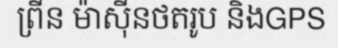
ព្រីន ម៉ាស៊ីនថតរូប និងGPS